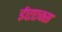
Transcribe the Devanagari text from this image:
ईएएक्स